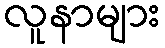
လူနာများ